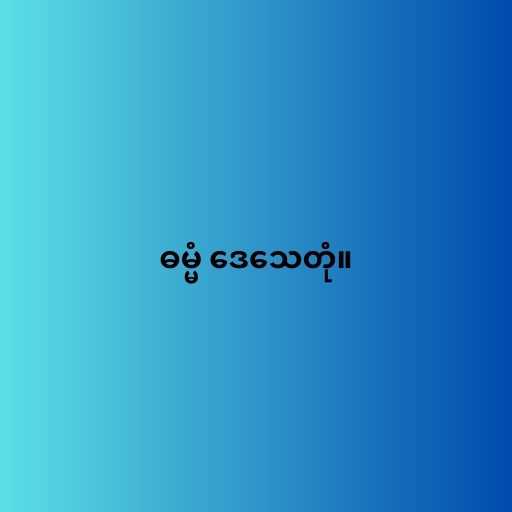
ဓမ္မံ ဒေသေတုံ။